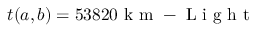
t ( a , b ) = 5 3 8 2 0 \mathrm { ~ k ~ m ~ - ~ L ~ i ~ g ~ h ~ t ~ }